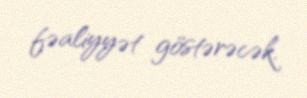
fəaliyyət göstərəcək.